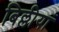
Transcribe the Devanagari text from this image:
बिल्लीयां